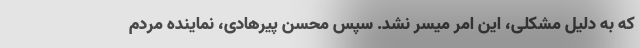
که به دلیل مشکلی، این امر میسر نشد. سپس محسن پیرهادی، نماینده مردم